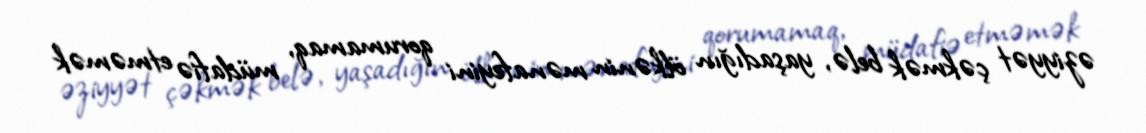
əziyyət çəkmək belə, yaşadığın ölkənin mənafeyini qorumamaq, müdafiə etməmək